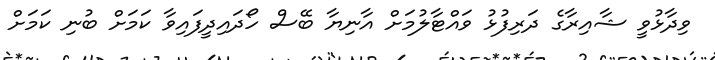
ވިދާޅުވީ ޝާއިރާގެ ދަރިފުޅު ވައްޓާލުމަށް އާނިޔާ ބޭސް ހޯދައިދީފައިވާ ކަމަށް ބުނި ކަމަށް